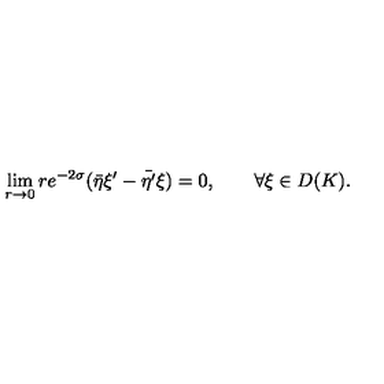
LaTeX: \lim _ { r \rightarrow 0 } r e ^ { - 2 \sigma } ( \bar { \eta } \xi ^ { \prime } - \bar { \eta ^ { \prime } } \xi ) = 0 , \qquad \forall \xi \in D ( K ) .